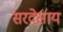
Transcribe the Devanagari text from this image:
सरदेसाय